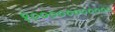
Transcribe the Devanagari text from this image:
१०००००००००००